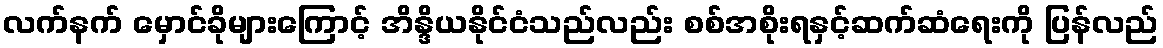
လက်နက် မှောင်ခိုများကြောင့် အိန္ဒိယနိုင်ငံသည်လည်း စစ်အစိုးရနှင့်ဆက်ဆံရေးကို ပြန်လည်